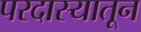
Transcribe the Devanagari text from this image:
परदास्यातून